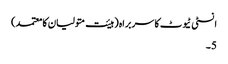
انسٹی ٹیوٹ کا سربراہ (ہیئت متولیان کا معتمد)
5۔